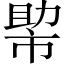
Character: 𢄂